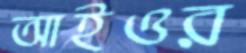
আইওর